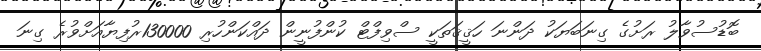
ބޮޑުސުވާލު ރަށުގެ ގިނަބަޔަކު ދަންނަ ހަޤީޤަތަކީ ސްވިފްޓް ކުންފުނީން ދައްކަންހުރި 130000ރުފިޔާއަށްވުރެ ގިނަ